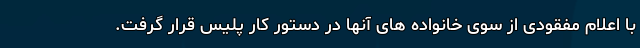
با اعلام مفقودی از سوی خانواده های آنها در دستور کار پلیس قرار گرفت.